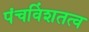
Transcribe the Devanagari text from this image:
पंचविंशतत्व